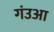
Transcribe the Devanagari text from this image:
गंउआ